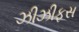
ઝીઝીફસ